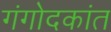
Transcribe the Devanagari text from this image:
गंगोदकांत